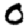
Digit: 0